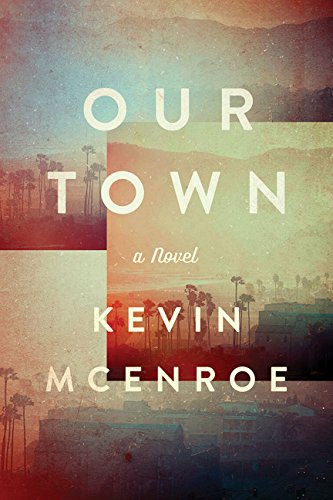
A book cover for Our Town: A Novel; Kevin Jack McEnroe; Literature & Fiction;